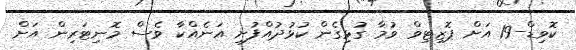
ކޮވިޑް-19 އަށް ޕޮޒިޓިވް ވުމާ ގުޅިގެން ކުޅުދުއްފުށި އަނެއްކާ ވެސް މޮނިޓަރިން އަށް